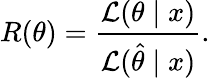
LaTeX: R(\theta)={\frac{{\mathcal{L}}(\theta\mid x)}{{\mathcal{L}}({\hat{\theta}}\mid x)}}.